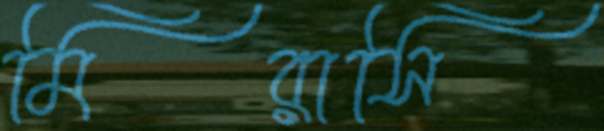
মিরাসি